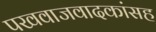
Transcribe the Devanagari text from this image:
पखवाजवादकांसह